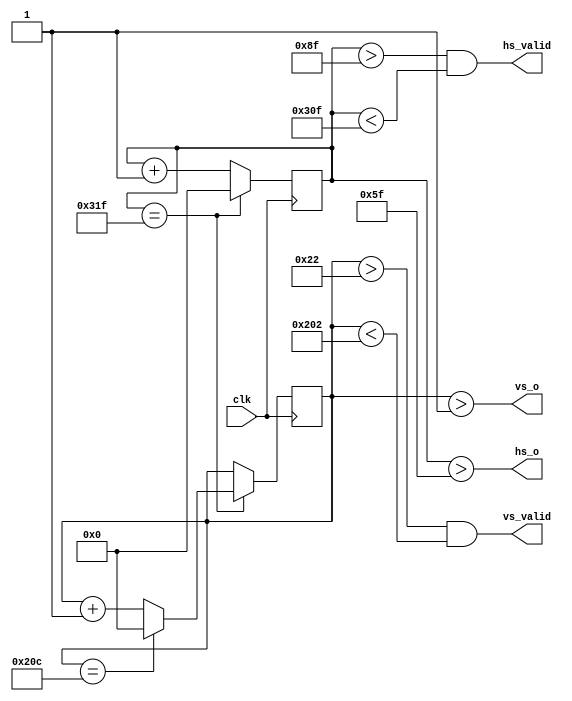
// Timing info
// http://martin.hinner.info/vga/timing.html

module vga(
	   input  clk,
	   output vs_o,
	   output vs_valid,
	   output hs_o,
	   output hs_valid
	   );
   
   parameter H_PIX = 640;
   parameter H_SYNC_PULSE = 96; 
   parameter H_FP = 16;
   parameter H_BP = 48;
   parameter H_SYNC = H_PIX + H_SYNC_PULSE + H_FP + H_BP;
   
   parameter V_PIX = 480;
   parameter V_SYNC_PULSE = 2;
   parameter V_FP = 10; 
   parameter V_BP = 33; 
   parameter V_SYNC = V_PIX + V_SYNC_PULSE + V_FP + V_BP;
   
   localparam H_SYNC_WIDTH = $clog2(H_SYNC);
   localparam V_SYNC_WIDTH = $clog2(V_SYNC);
   
   reg [H_SYNC_WIDTH - 1 : 0] ctr_h = 0;
   reg [V_SYNC_WIDTH - 1 : 0] ctr_v = 0;
   
   always @ (posedge clk)
     begin
	if (ctr_h == H_SYNC - 1)
	  begin
	     ctr_h <= 0;
	  end
	else
	  begin
	     ctr_h <= ctr_h + 1;
	  end
     end // always @ (posedge clk)
   
   always @ (posedge clk)
     begin
	if (ctr_h == H_SYNC - 1)
	  begin
	     if (ctr_v == V_SYNC - 1)
	       begin
		  ctr_v <= 0;
	       end
	     else
	       begin
		  ctr_v <= ctr_v + 1;
	       end
	  end
     end // always @ (posedge clk)
   
   assign hs_o = (ctr_h > H_SYNC_PULSE - 1);
   assign vs_o = (ctr_v > V_SYNC_PULSE - 1);
   assign hs_valid = (ctr_h > H_SYNC_PULSE + H_BP - 1) & (ctr_h < H_SYNC_PULSE + H_BP + H_PIX - 1);
   assign vs_valid = (ctr_v > V_SYNC_PULSE + V_BP - 1) & (ctr_v < V_SYNC_PULSE + V_BP + V_PIX - 1);
   
endmodule